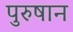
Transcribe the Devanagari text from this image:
पुरुषान